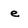
Character: e